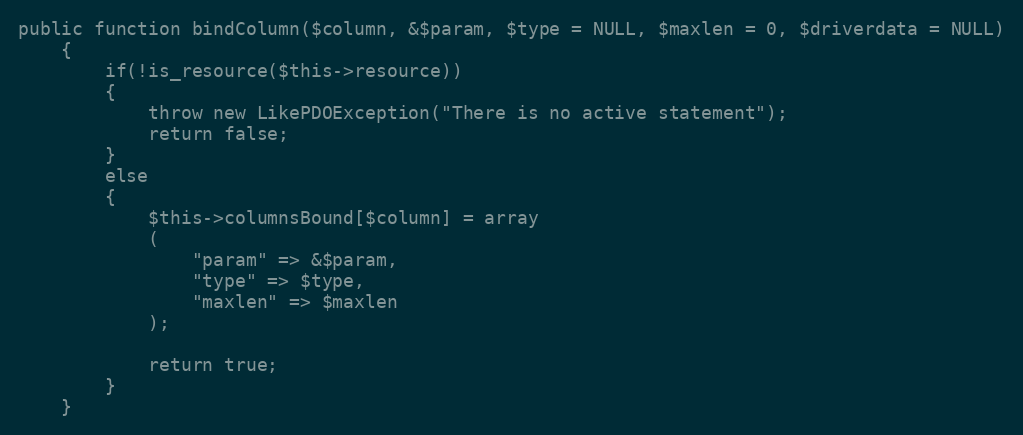
Language: PHP
public function bindColumn($column, &$param, $type = NULL, $maxlen = 0, $driverdata = NULL)
	{
		if(!is_resource($this->resource))
		{
			throw new LikePDOException("There is no active statement");
			return false;
		}
		else
		{
			$this->columnsBound[$column] = array
			(
				"param" => &$param,
				"type" => $type,
				"maxlen" => $maxlen
			);

			return true;
		}
	}